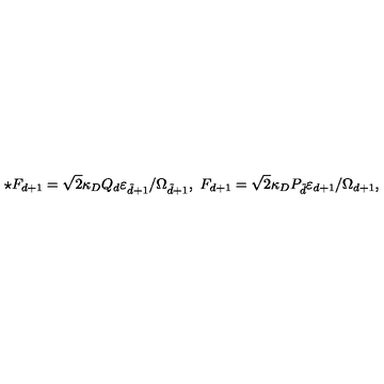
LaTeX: \star F _ { d + 1 } = \sqrt { 2 } \kappa _ { D } Q _ { d } \varepsilon _ { \tilde { d } + 1 } / \Omega _ { \tilde { d } + 1 } , \ F _ { d + 1 } = \sqrt { 2 } \kappa _ { D } P _ { \tilde { d } } \varepsilon _ { d + 1 } / \Omega _ { d + 1 } ,